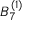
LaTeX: { B } _ { 7 } ^ { ( 1 ) }